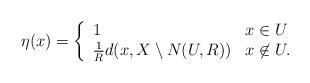
LaTeX: \begin{align*}\eta(x) =\left\{\begin{array}{ll}1 & x \in U \\\frac1R d(x, X \setminus N(U, R)) & x \not\in U.\end{array}\right.\end{align*}